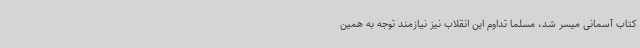
کتاب آسمانی میسر شد، مسلماً تداوم این انقلاب نیز نیازمند توجه به همین